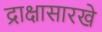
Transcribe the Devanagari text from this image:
द्राक्षासारखे